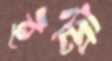
ইন্ট্রা